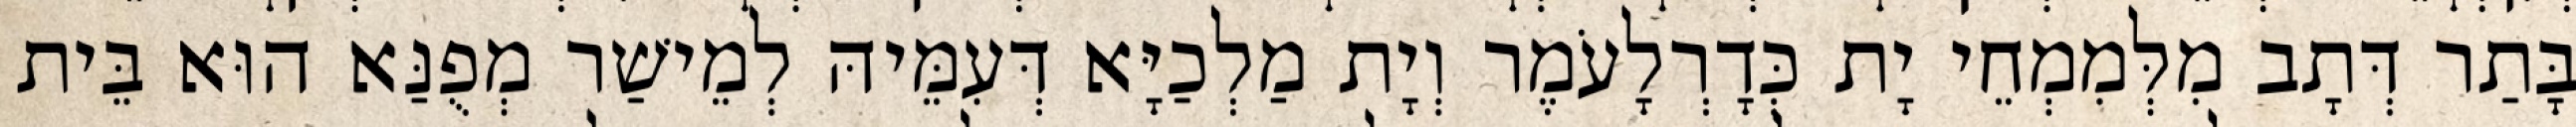
בָּתַר דְּתָב מִלְּמִמְחֵי יָת כְּדָרְלָעֹמֶר וְיָת מַלְכַיָּא דְּעִמֵּיהּ לְמֵישַׁר מְפֻנַּא הוּא בֵּית